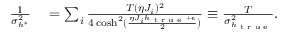
\begin{array} { r l } { \frac { 1 } { \sigma _ { h ^ { * } } ^ { 2 } } } & { { } = \sum _ { i } \frac { T ( \eta J _ { i } ) ^ { 2 } } { 4 \cosh ^ { 2 } ( \frac { \eta J _ { i } h _ { \textrm { t r u e } } + \epsilon } { 2 } ) } \equiv \frac { T } { \sigma _ { h _ { \textrm { t r u e } } } ^ { 2 } } . } \end{array}